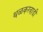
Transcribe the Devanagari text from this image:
थळकरवाडी